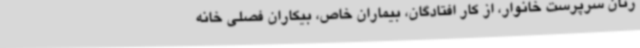
زنان سرپرست خانوار، از کار افتادگان، بیماران خاص، بیکاران فصلی خانه